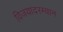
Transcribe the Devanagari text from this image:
विजयादरम्यान